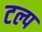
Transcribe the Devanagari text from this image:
टल्प